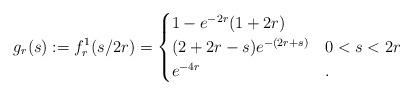
LaTeX: \begin{align*}g_r(s):=f^1_r(s/2r)=\begin{cases}1-e^{-2r}(1+2r)&\\(2+2r-s)e^{-(2r+s)}&0<s<2r\\e^{-4r}&.\\\end{cases}\end{align*}